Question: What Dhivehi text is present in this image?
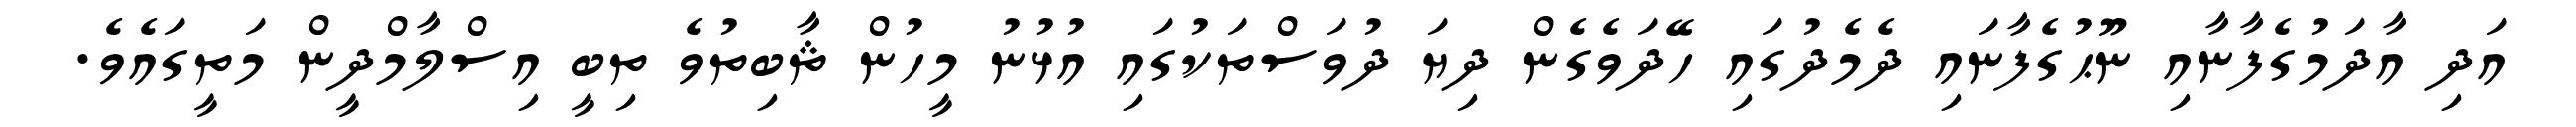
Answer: އަދި އާދަމުގެފާނާއި ނޫޙުގެފާނައި ދެމެދުގައި ހޭދަވެގެން ދިޔަ ދުވަސްތަކުގައި އުޅުނު މީހުން ޘާބިތުވެ ތިބީ އިސްލާމްދީން މަތީގައެވެ.